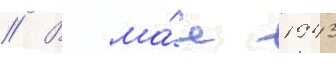
// В ма́е 1943